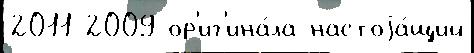
2011 2009 ор'иг'ина́ла настоjа́щий